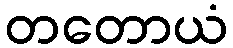
တတောယံ